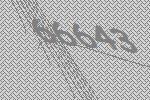
66643